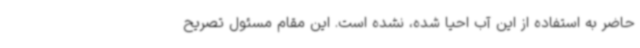
حاضر به استفاده از این آب احیا شده، نشده است. این مقام مسئول تصریح